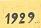
1929